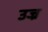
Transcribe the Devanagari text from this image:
उज्र